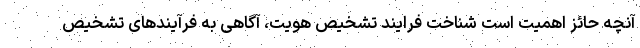
آنچه حائز اهميت است شناخت فرايند تشخيص هويت، آگاهی به فرآيندهای تشخيص